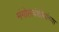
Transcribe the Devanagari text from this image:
मंगोलवंशीयांच्या